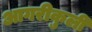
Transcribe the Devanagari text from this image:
आगरीकुली